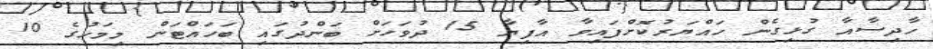
ހާދިސާއާ ގުޅިގެން ހައްޔަރުކޮށްފައިވާ އާފިޔާ 15 ދުވަހަށް ބަންދުގައި ބަހައްޓަން މިމަހުގެ 10